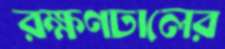
রক্ষণঢালের